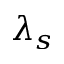
\lambda _ { s }